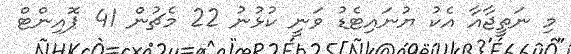
މި ނަތީޖާއާ އެކު ޔުނައިޓެޑު ވަނީ ކުޅުނު 22 މެޗުން 41 ޕޮއިންޓް